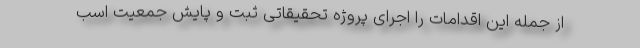
از جمله این اقدامات را اجرای پروژه تحقیقاتی ثبت و پایش جمعیت‌ اسب